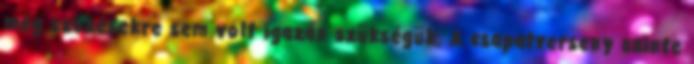
még szökésekre sem volt igazán szükségük. A csapatverseny szinte